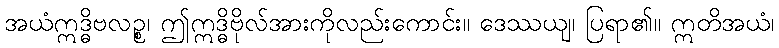
အယံဣဒ္ဓိဗလဉ္စ၊ ဤဣဒ္ဓိဗိုလ်အားကိုလည်းကောင်း။ ဒေဿယျ၊ ပြရာ၏။ ဣတိအယံ၊